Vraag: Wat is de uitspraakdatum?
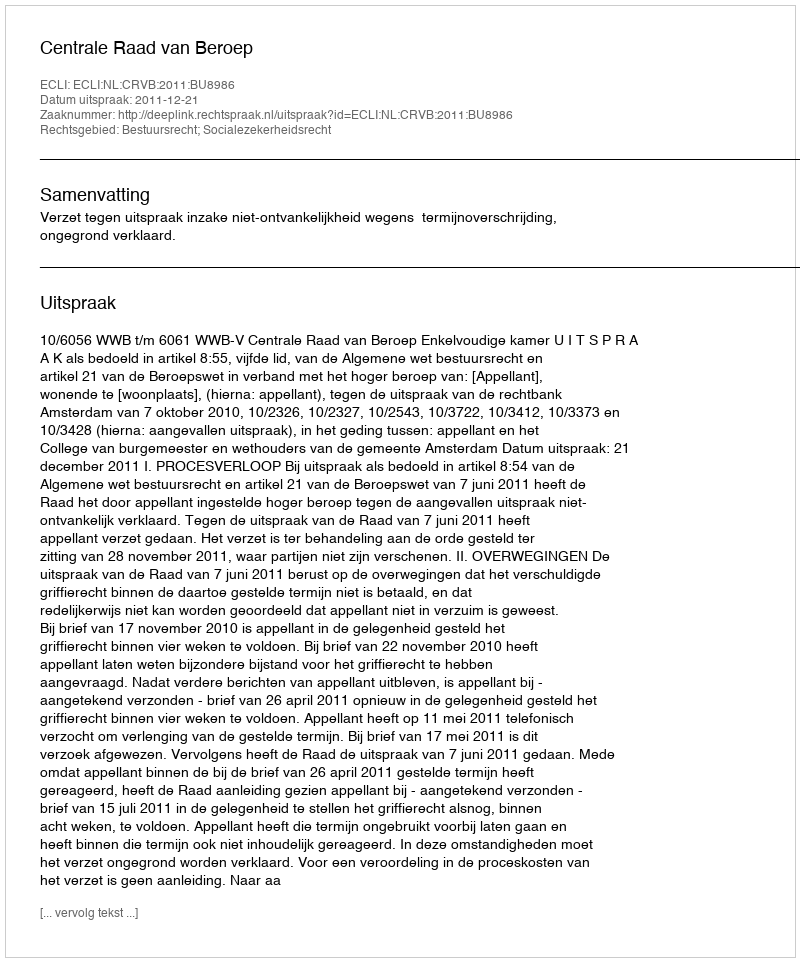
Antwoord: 2011-12-21